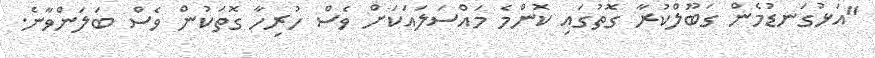
"އަޅުގަނޑުމެން ގަބޫލްކުރާ ގޮތުގައި ކޮންމެ މައްސަލައަކަށް ވެސް ހުރިހާ ގޮތަކުން ވެސް ބަލަންވާނެ.